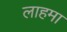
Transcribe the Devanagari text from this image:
लाहमा